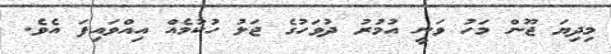
މިދިޔަ ޖޫން މަހު ވަނީ އުމުރު ދުވަހުގެ ޖަލު ހުކުމެއް އިއްވައިފަ އެވެ.